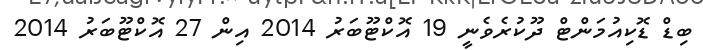
ބިޑް ޑޮކިއުމަންޓް ދޫކުރެވެނީ 19 އޮކްޓޫބަރު 2014 އިން 27 އޮކްޓޫބަރު 2014